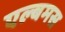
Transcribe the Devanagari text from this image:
एल्बमस